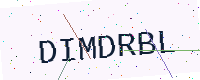
Text: DIMDRBL